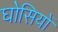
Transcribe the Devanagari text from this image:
घोसियों